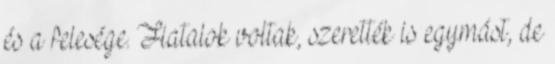
és a felesége. Fiatalok voltak, szerették is egymást, de